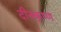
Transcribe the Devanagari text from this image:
दीनकृष्ण